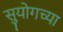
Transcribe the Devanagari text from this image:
सुयोगच्या